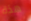
هذة